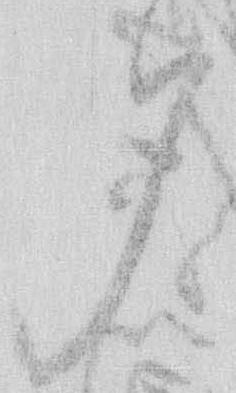
夕